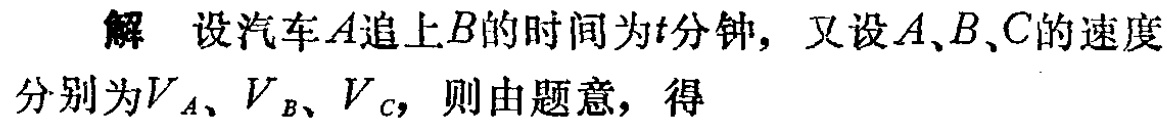
解 设汽车\(A\)追上\(B\)的时间为\(t\)分钟，又设\(A\)、\(B\)、\(C\)的速度分别为\(V_{A}\)、\(V_{B}\)、\(V_{C}\)，则由题意，得